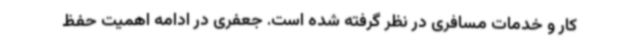
کار و خدمات مسافری در نظر گرفته شده است. جعفری در ادامه اهمیت حفظ